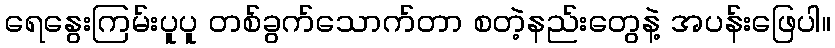
ရေနွေးကြမ်းပူပူ တစ်ခွက်သောက်တာ စတဲ့နည်းတွေနဲ့ အပန်းဖြေပါ။